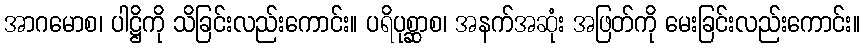
အာဂမောစ၊ ပါဋ္ဌိကို သိခြင်းလည်းကောင်း။ ပရိပုစ္ဆာစ၊ အနက်အဆုံး အဖြတ်ကို မေးခြင်းလည်းကောင်း။